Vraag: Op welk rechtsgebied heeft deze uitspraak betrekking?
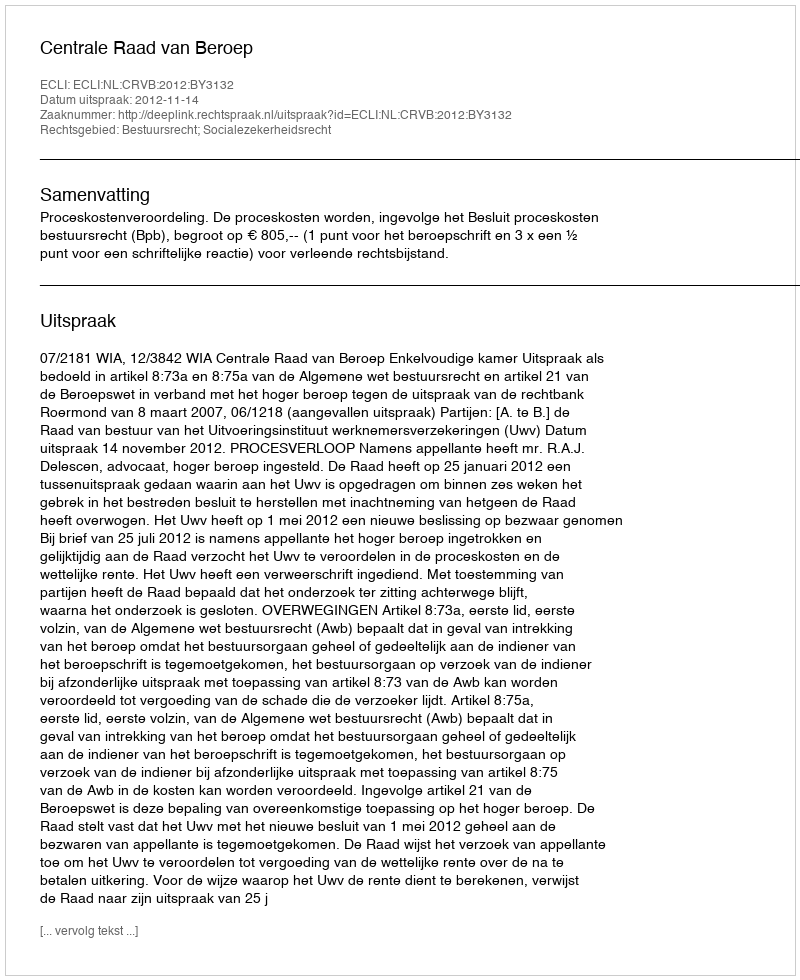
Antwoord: Bestuursrecht; Socialezekerheidsrecht